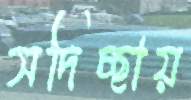
সদিচ্ছায়